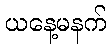
ယနေ့မနက်